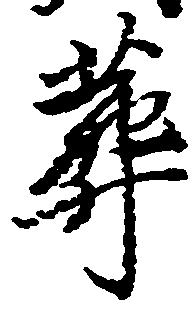
葬